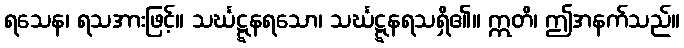
ရသေန၊ ရသအားဖြင့်။ သင်္ဃဋ္ဋနရသော၊ သင်္ဃဋ္ဋနရသရှိ၏။ ဣတိ၊ ဤအနက်သည်။